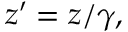
z ^ { \prime } = z / \gamma ,